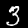
Digit: 3